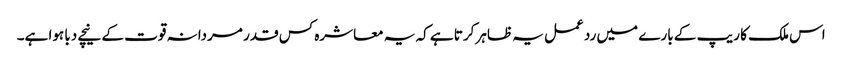
اس ملک کا ریپ کے بارے میں رد عمل یہ ظاہر کرتا ہے کہ یہ معاشرہ کس قدر مردانہ قوت کے نیچے دبا ہوا ہے۔